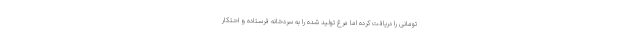
تومانی را دریافت کرده اما مرغ تولید شده را به سردخانه فرستاده و احتکار